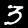
Digit: 3